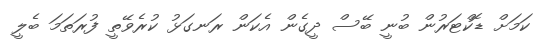
ކަމަށް ޑޮކްޓަރުން ބުނީ ބޭސް ދީގެން އެކަން ރަނގަޅު ކުރެވޭތީ ފުރަތަމަ ބެލީ